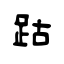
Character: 跍